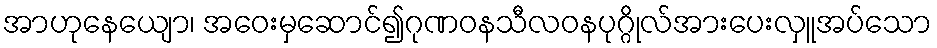
အာဟုနေယျော၊ အဝေးမှဆောင်၍ဂုဏဝနသီလဝနပုဂ္ဂိုလ်အားပေးလှူအပ်သော